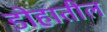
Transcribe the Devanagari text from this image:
डोहातील